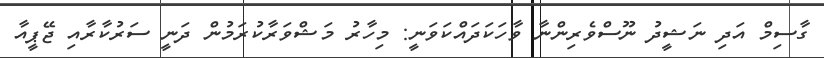
ގާސިމް އަދި ނަޝީދު ނޫސްވެރިންނާ ވާހަކަދައްކަވަނީ: މިހާރު މަޝްވަރާކުރަމުން ދަނީ ސަރުކާރާއި ޖޭޕީއާ